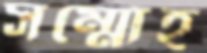
সম্মোহ